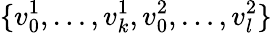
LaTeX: \{ v_{0}^{1},\ldots,v_{k}^{1},v_{0}^{2},\ldots,v_{l}^{2}\}